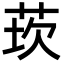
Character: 莰